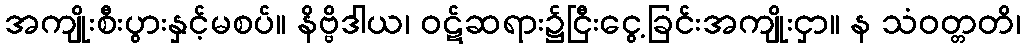
အကျိုးစီးပွားနှင့်မစပ်။ နိဗ္ဗိဒါယ၊ ဝဋ်ဆရား၌ငြီးငွေ့ခြင်းအကျိုးငှာ။ န သံဝတ္တတိ၊